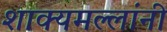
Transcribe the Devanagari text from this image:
शाक्यमल्लांनी